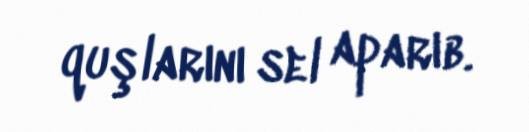
quşlarını sel aparıb.